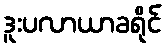
ဒူးပလာယာခရိုင်